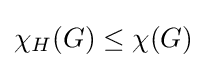
\chi _{H}(G)\leq \chi (G)